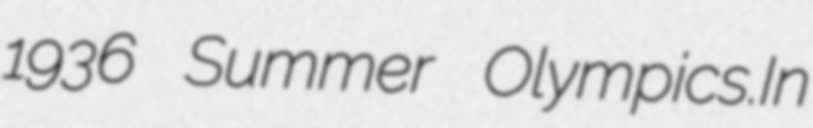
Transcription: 1936 Summer Olympics.In